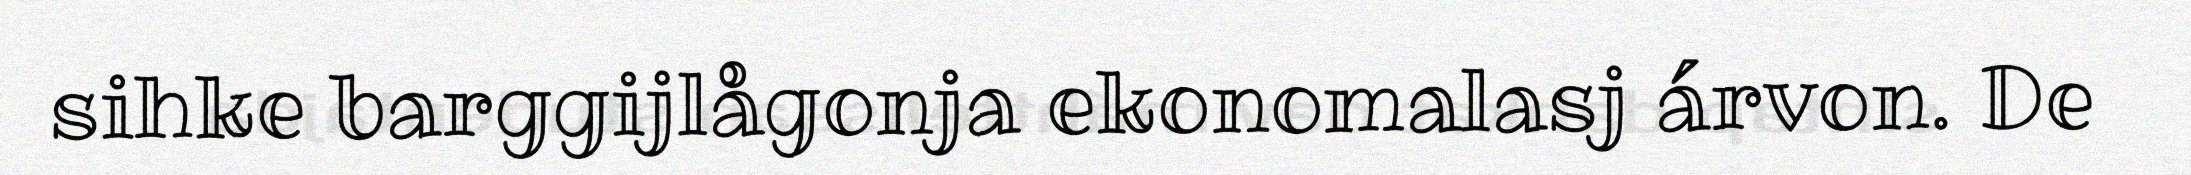
sihke barggijlågonja ekonomalasj árvon. De